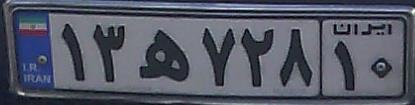
۱۳ه۷۲۸۱۰